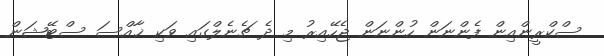
ސްކްރީންއިން ފެންނަން ހުންނަން ޖެހޭއިރު މި ދެ ޗެނެލްގައި ވަކި ޚާއްސަ ސްޓޭޝަން